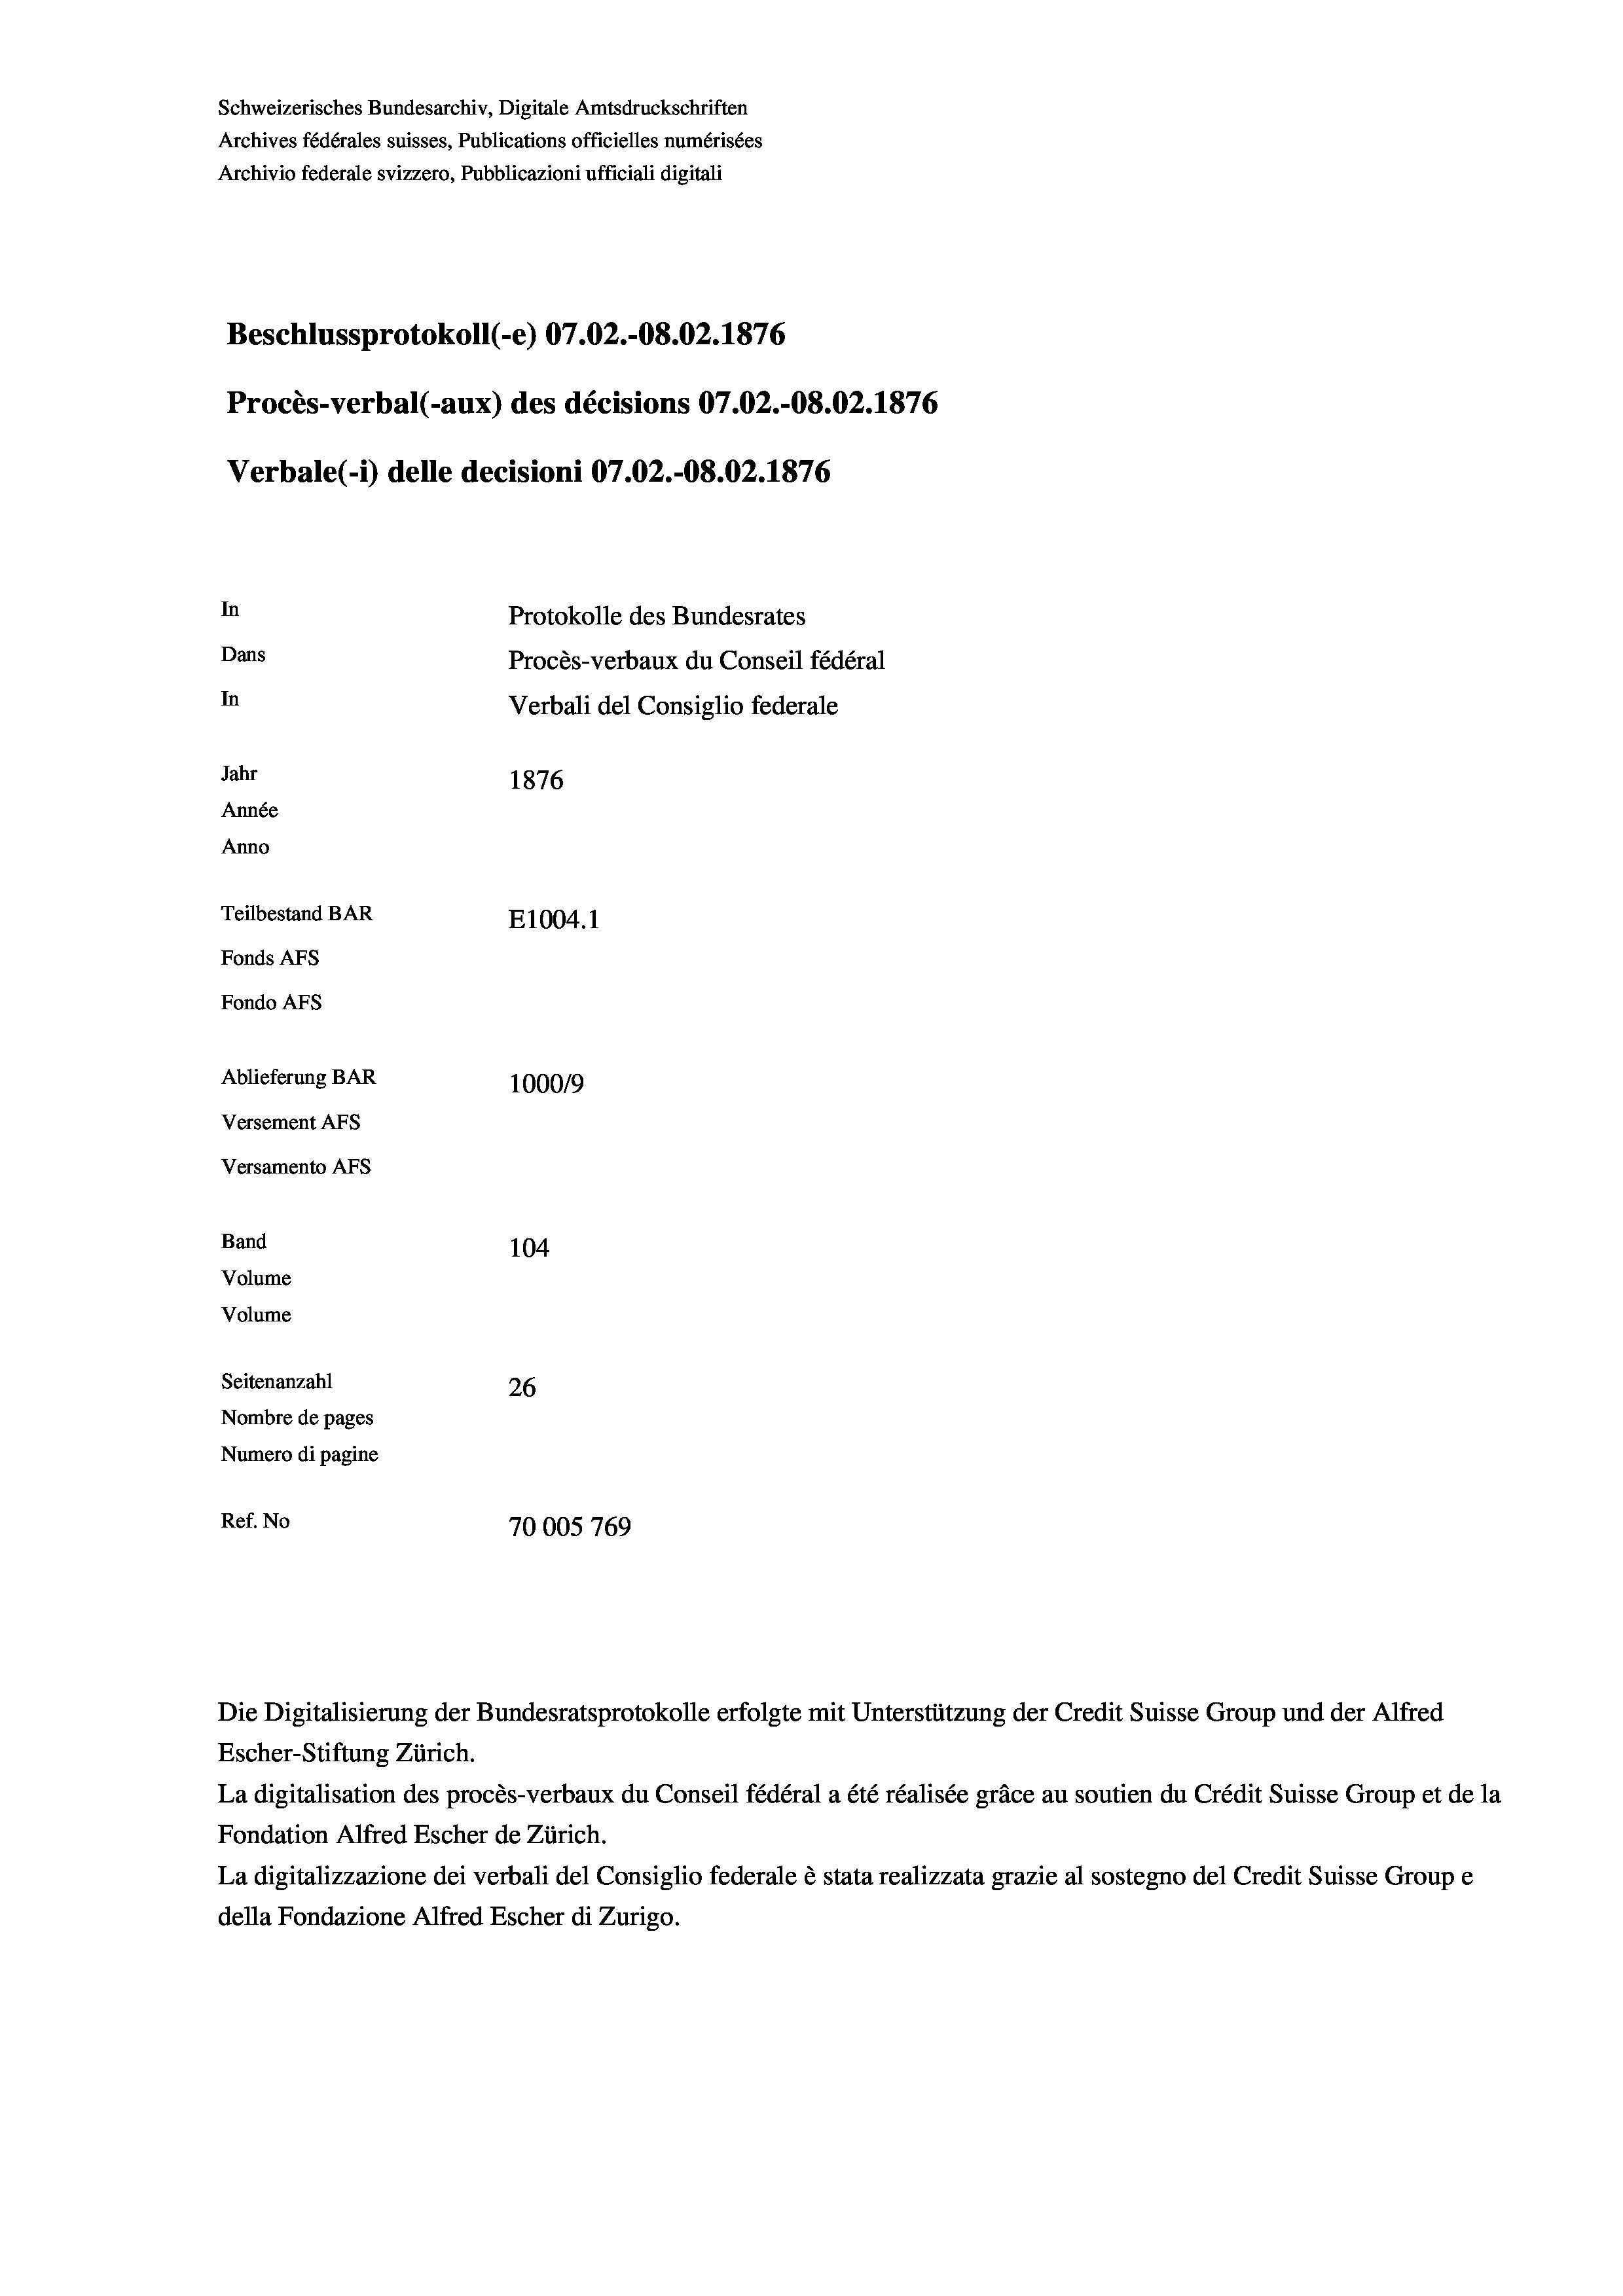
Schweizerisches Bundesarchiv, Digitale Amtsdruckschriften
Archives fédérales suisses, Publications officielles numérisées
Archivio federale svizzero, Pubblicazioni ufficiali digitali
Beschlussprotokoll (-e) 07.02.-08.02. 1876
Procès-verbal (-aux) des décisions 07.02.-08.02. 1876
Verbale(-*) delle decisioni 07.02.-08.02. 1876
In
Protokolle des Bundesrates
Dans
Procès-verbaux du Conseil fédéral
In
Verbali del Consiglio federale
Jahr
1876
Année
Anno
Teilbestand BAR
E1004. 1
Fonds AFs
Fondo Afs
Ablieferung BAR
10009
Versement AFs
Versamento Afs
Band
104
Volume
Volume
Seitenanzahl
26
Nombre de pages
Numero di pagine
Ref. No
70005 769

Die Digitalisierung der Bundesratsprotokolle erfolgte mit Unterstützung der Credit Suisse Group und der Alfred
Escher-Stiftung Zürich.
La digitalisation des procès-verbaux du Conseil fédéral a été réalisée gräce au soutien du Crédit Suisse Group et de la
Fondation Alfred Escher de Zürich.
La digitalizzazione dei verbali del Consiglio federale è stata realizzata grazie al sostegno del Credit Suisse Groupe
della Fondazione Alfred Escher di Zurigo.